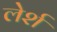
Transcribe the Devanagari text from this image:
लेर्श